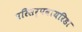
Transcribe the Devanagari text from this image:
परिसर्पवायरिडा